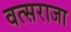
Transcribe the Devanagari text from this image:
वत्सराजा